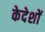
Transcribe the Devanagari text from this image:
केदेशों